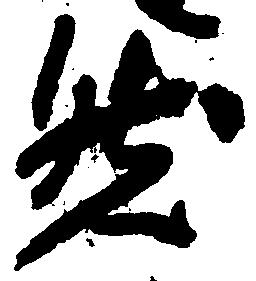
然